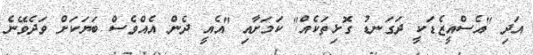
އަދި "އެސްއީޒެޑަކީ ދަގަނޑު ގޮޅިތަކެއް" ކަމަށާއި "އެއީ ދެން އެއްވެސް ބަޔަކަށް ވަދެވޭނެ